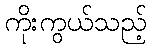
ကိုးကွယ်သည့်